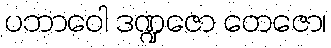
ပဘာဝေါ ဒဏ္ဍဇော တေဇော၊